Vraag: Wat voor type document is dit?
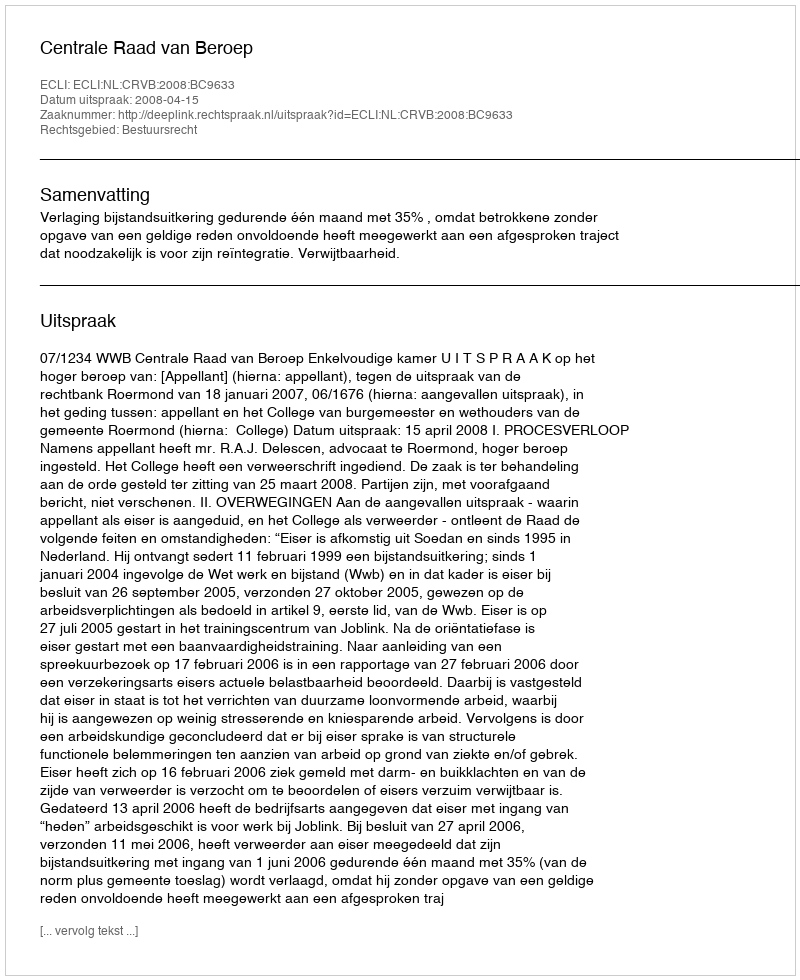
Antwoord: Uitspraak